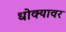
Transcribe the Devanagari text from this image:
धोक्यावर